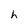
Character: h